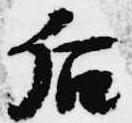
后